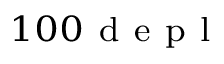
^ { 1 0 0 \mathrm { ~ d ~ e ~ p ~ l ~ } }